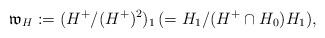
LaTeX: \begin{align*}\mathfrak{w}_H:=(H^+/(H^+)^2)_1\, (=H_1/(H^+\cap H_0)H_1),\end{align*}